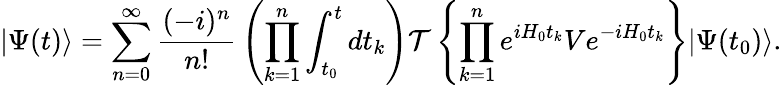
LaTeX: |\Psi(t)\rangle=\sum_{n=0}^{\infty}{\frac{(-i)^{n}}{n!}}\left(\prod_{k=1}^{n}\int_{t_{0}}^{t}dt_{k}\right){\mathcal{T}}\left\{ \prod_{k=1}^{n}e^{iH_{0}t_{k}}Ve^{-iH_{0}t_{k}}\right\} |\Psi(t_{0})\rangle.